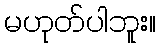
မဟုတ်ပါဘူး။